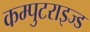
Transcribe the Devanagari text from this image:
कम्पुटराइज्ड